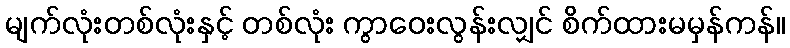
မျက်လုံးတစ်လုံးနှင့် တစ်လုံး ကွာဝေးလွန်းလျှင် စိက်ထားမမှန်ကန်။